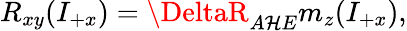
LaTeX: R_{xy}(I_{+x})=\DeltaR_{A\mathcal{H}E}m_{z}(I_{+x}),